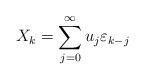
LaTeX: \begin{align*}X_k=\sum_{j=0}^\infty u_j\varepsilon_{k-j}\end{align*}